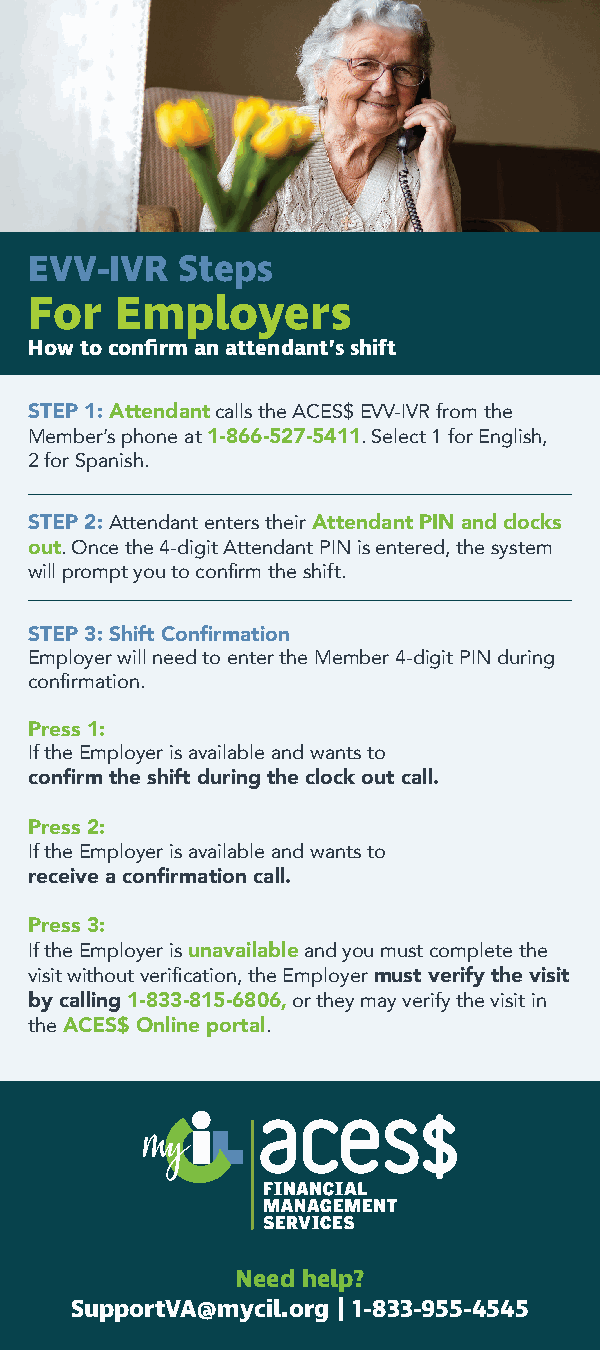
EVV-IVR   Steps
 For   Employers
 How to confirm an attendant’s shift
 STEP 1: Attendant calls the ACES$ EVV-IVR from the
 Member’s phone at 1-866-527-5411. Select 1 for English,
 2 for Spanish.
 STEP 2: Attendant enters their Attendant PIN and clocks
 out. Once the 4-digit Attendant PIN is entered, the system
 will prompt you to confirm the shift.
 STEP 3: Shift Confirmation
 Employer will need to enter the Member 4-digit PIN during
 confirmation.
 Press 1:
 If the Employer is available and wants to
 confirm the shift during the clock out call.
 Press 2:
 If the Employer is available and wants to
 receive a confirmation call.
 Press 3:
 If the Employer is unavailable and you must complete the
 visit without verification, the Employer must verify the visit
 by calling 1-833-815-6806, or they may verify the visit in
 the ACES$ Online portal.
 Need help?
 SupportVA@mycil.org | 1-833-955-4545